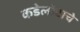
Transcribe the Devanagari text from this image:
कडेलोटाचे